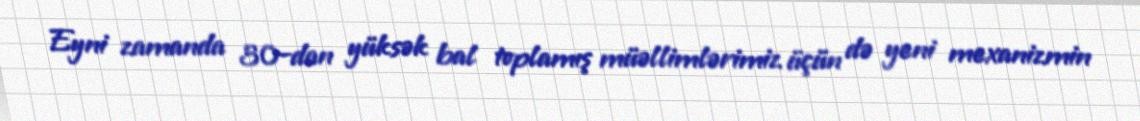
Eyni zamanda 30-dan yüksək bal toplamış müəllimlərimiz üçün də yeni mexanizmin